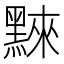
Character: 𪑚